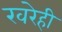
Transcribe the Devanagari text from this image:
खरेही